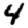
Digit: 4